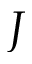
J